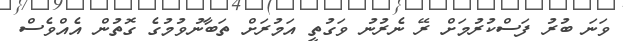
ވަނަ ބުރު ފަސްކުރުމަށް ރޭ ނެރުނު ވަގުތީ އަމުރަށް ތަބާނުވުމުގެ ގޮތުން އެއްވެސް